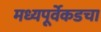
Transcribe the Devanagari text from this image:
मध्यपूर्वेकडचा